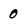
Character: 0